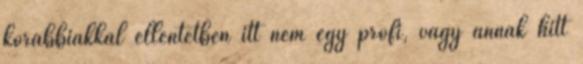
korábbiakkal ellentétben itt nem egy profi, vagy annak hitt